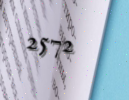
2572